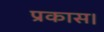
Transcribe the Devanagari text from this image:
प्रकास।